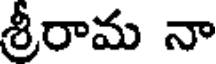
శ్రీరామ నా